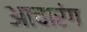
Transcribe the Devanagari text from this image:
आचारंग